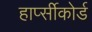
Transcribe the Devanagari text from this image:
हार्प्सीकोर्ड